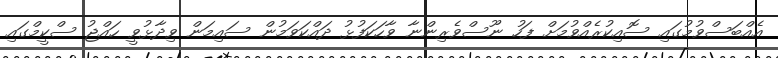
އެއްބަސްވުމުގައި ސޮއިކުރެއްވުމަށް ފަހު ނޫސްވެރިންނާ ވާހަކަފުޅު ދައްކަވަމުން ސައިމަން ވިދާޅުވީ ހައްޖު ސްކީމްގައި